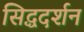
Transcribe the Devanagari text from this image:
सिद्धदर्शन